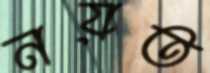
নয়ত